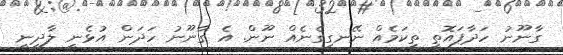
ގާނޫނު ހަދާފައޮތީ ތިކަމެއް ނޭނގިގެނެއް ނޫން. އެ ގާނޫނު ހަދަން އުޅެނީ ލާދީނީ